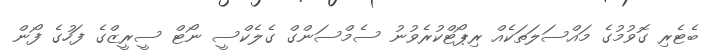
ބެޓެރި ގޮވުމުގެ މައްސަލަތަކެއް ރިޕޯޓްކުރެވުނު ސެމްސަންގް ގެލެކްސީ ނޯޓް ސީރީޒްގެ ފަހުގެ ފޯން